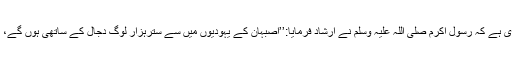
انس بن مالک رضی اللہ عنہ سے مروی ہے کہ رسول اکرم صلی اللہ علیہ وسلم نے ارشاد فرمایا:’’اصبہان کے یہودیوں میں سے سترہزار لوگ دجال کے ساتھی ہوں گے، ان پر سبز رنگ کی چادریں ہوں گی‘‘۔